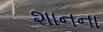
શાનના